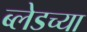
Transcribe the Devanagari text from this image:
ब्लेडच्या